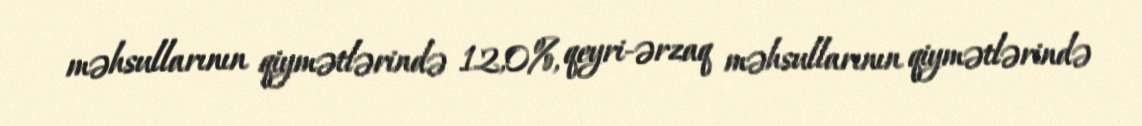
məhsullarının qiymətlərində 12,0%, qeyri-ərzaq məhsullarının qiymətlərində